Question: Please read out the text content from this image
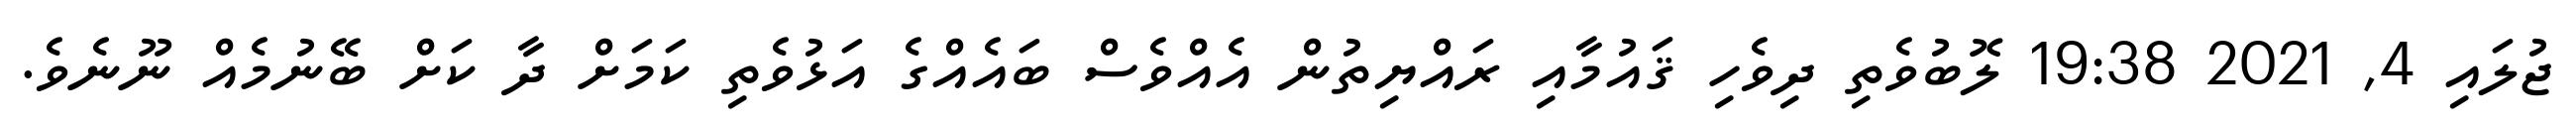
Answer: ޖުލައި 4, 2021 19:38 ލޮބުވެތި ދިވެހި ޤައުމާއި ރައްޔިތުން އެއްވެސް ބައެއްގެ އަޅުވެތި ކަމަށް ދާ ކަށް ބޭނުމެއް ނޫނެވެ.